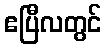
ဧပြီလတွင်